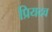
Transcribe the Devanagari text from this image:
प्रियदव